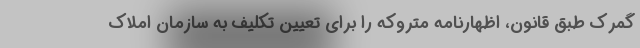
گمرک طبق قانون، اظهارنامه متروکه را برای تعیین تکلیف به سازمان املاک